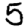
Digit: 5